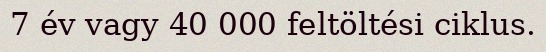
7 év vagy 40 000 feltöltési ciklus.